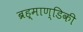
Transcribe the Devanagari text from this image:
ब्रह्माण्डिकी